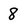
Character: 8